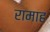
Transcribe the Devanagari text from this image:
रामाह